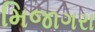
મિજાગરા